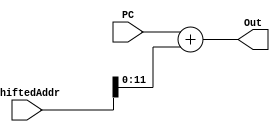
/*
	Unsigned
*/

//////////////////////////////////
// PC+ShiftedAddress Adder Unit Structure & Logic Modules
//////////////////////////////////

module PCShiftAdder (PC, ShiftedAddr, Out);
  input[11:0] PC;
  input[63:0] ShiftedAddr;
  output[11:0] Out;

  reg[11:0] Out;
  
  always @(PC, ShiftedAddr) 
  begin
	Out <= PC + ShiftedAddr[11:0];
  end

endmodule